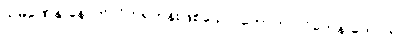
သမဏေန-နောက်လိုက်ရဟန်းဖြစ်သော၊ ကောကာလိကေန-ကောကာ